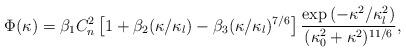
LaTeX: \begin{align*}\Phi(\kappa)=\beta_1C_n^2\left[1+\beta_2(\kappa/\kappa_l)-\beta_3(\kappa/\kappa_l)^{7/6}\right]\frac{\mathrm{exp}\left(-\kappa^2/\kappa_l^2\right)}{(\kappa_0^2+\kappa^2)^{11/6}},\end{align*}